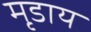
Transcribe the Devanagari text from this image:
मृडाय